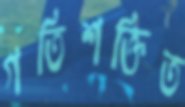
গতিশক্তিত